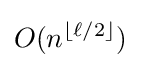
O(n^{\lfloor \ell /2\rfloor })